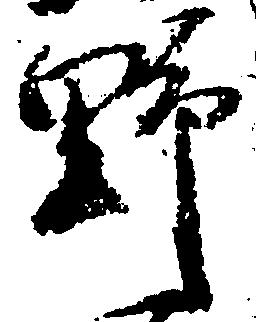
野